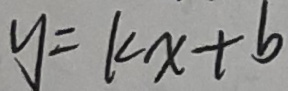
y = k x + b